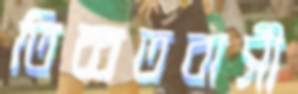
তিব্বতবাসী